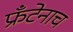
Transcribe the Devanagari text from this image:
फ्रँटेनाच